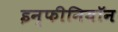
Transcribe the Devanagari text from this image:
इन्फीनियॉन